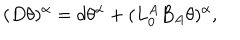
( D \theta ) ^ { \alpha } = d \theta ^ { \alpha } + ( L _ { 0 } ^ { A } B _ { A } \theta ) ^ { \alpha } ,